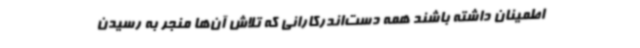
اطمینان داشته باشند همه دست‌اندرکارانی که تلاش آن‌ها منجر به رسیدن